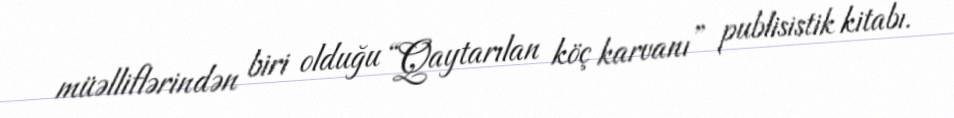
müəlliflərindən biri olduğu “Qaytarılan köç karvanı” publisistik kitabı.